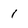
Character: 1